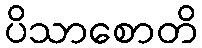
ပိသာစောတိ